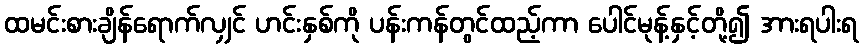
ထမင်းစားချိန်ရောက်လျှင် ဟင်းနှစ်ကို ပန်းကန်တွင်ထည့်ကာ ပေါင်မုန့်နှင့်တို့၍ အားရပါးရ